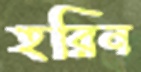
হরিন